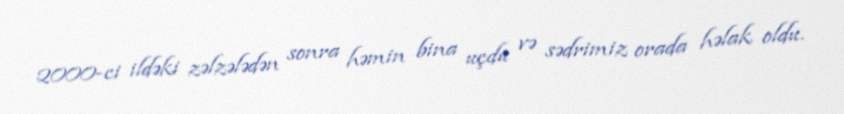
2000-ci ildəki zəlzələdən sonra həmin bina uçdu və sədrimiz orada həlak oldu.